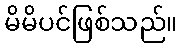
မိမိပင်ဖြစ်သည်။